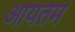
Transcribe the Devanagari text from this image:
आयतम